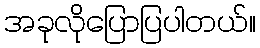
အခုလိုပြောပြပါတယ်။